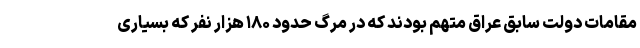
مقامات دولت سابق عراق متهم بودند که در مرگ حدود ۱۸۰ هزار نفر که بسیاری